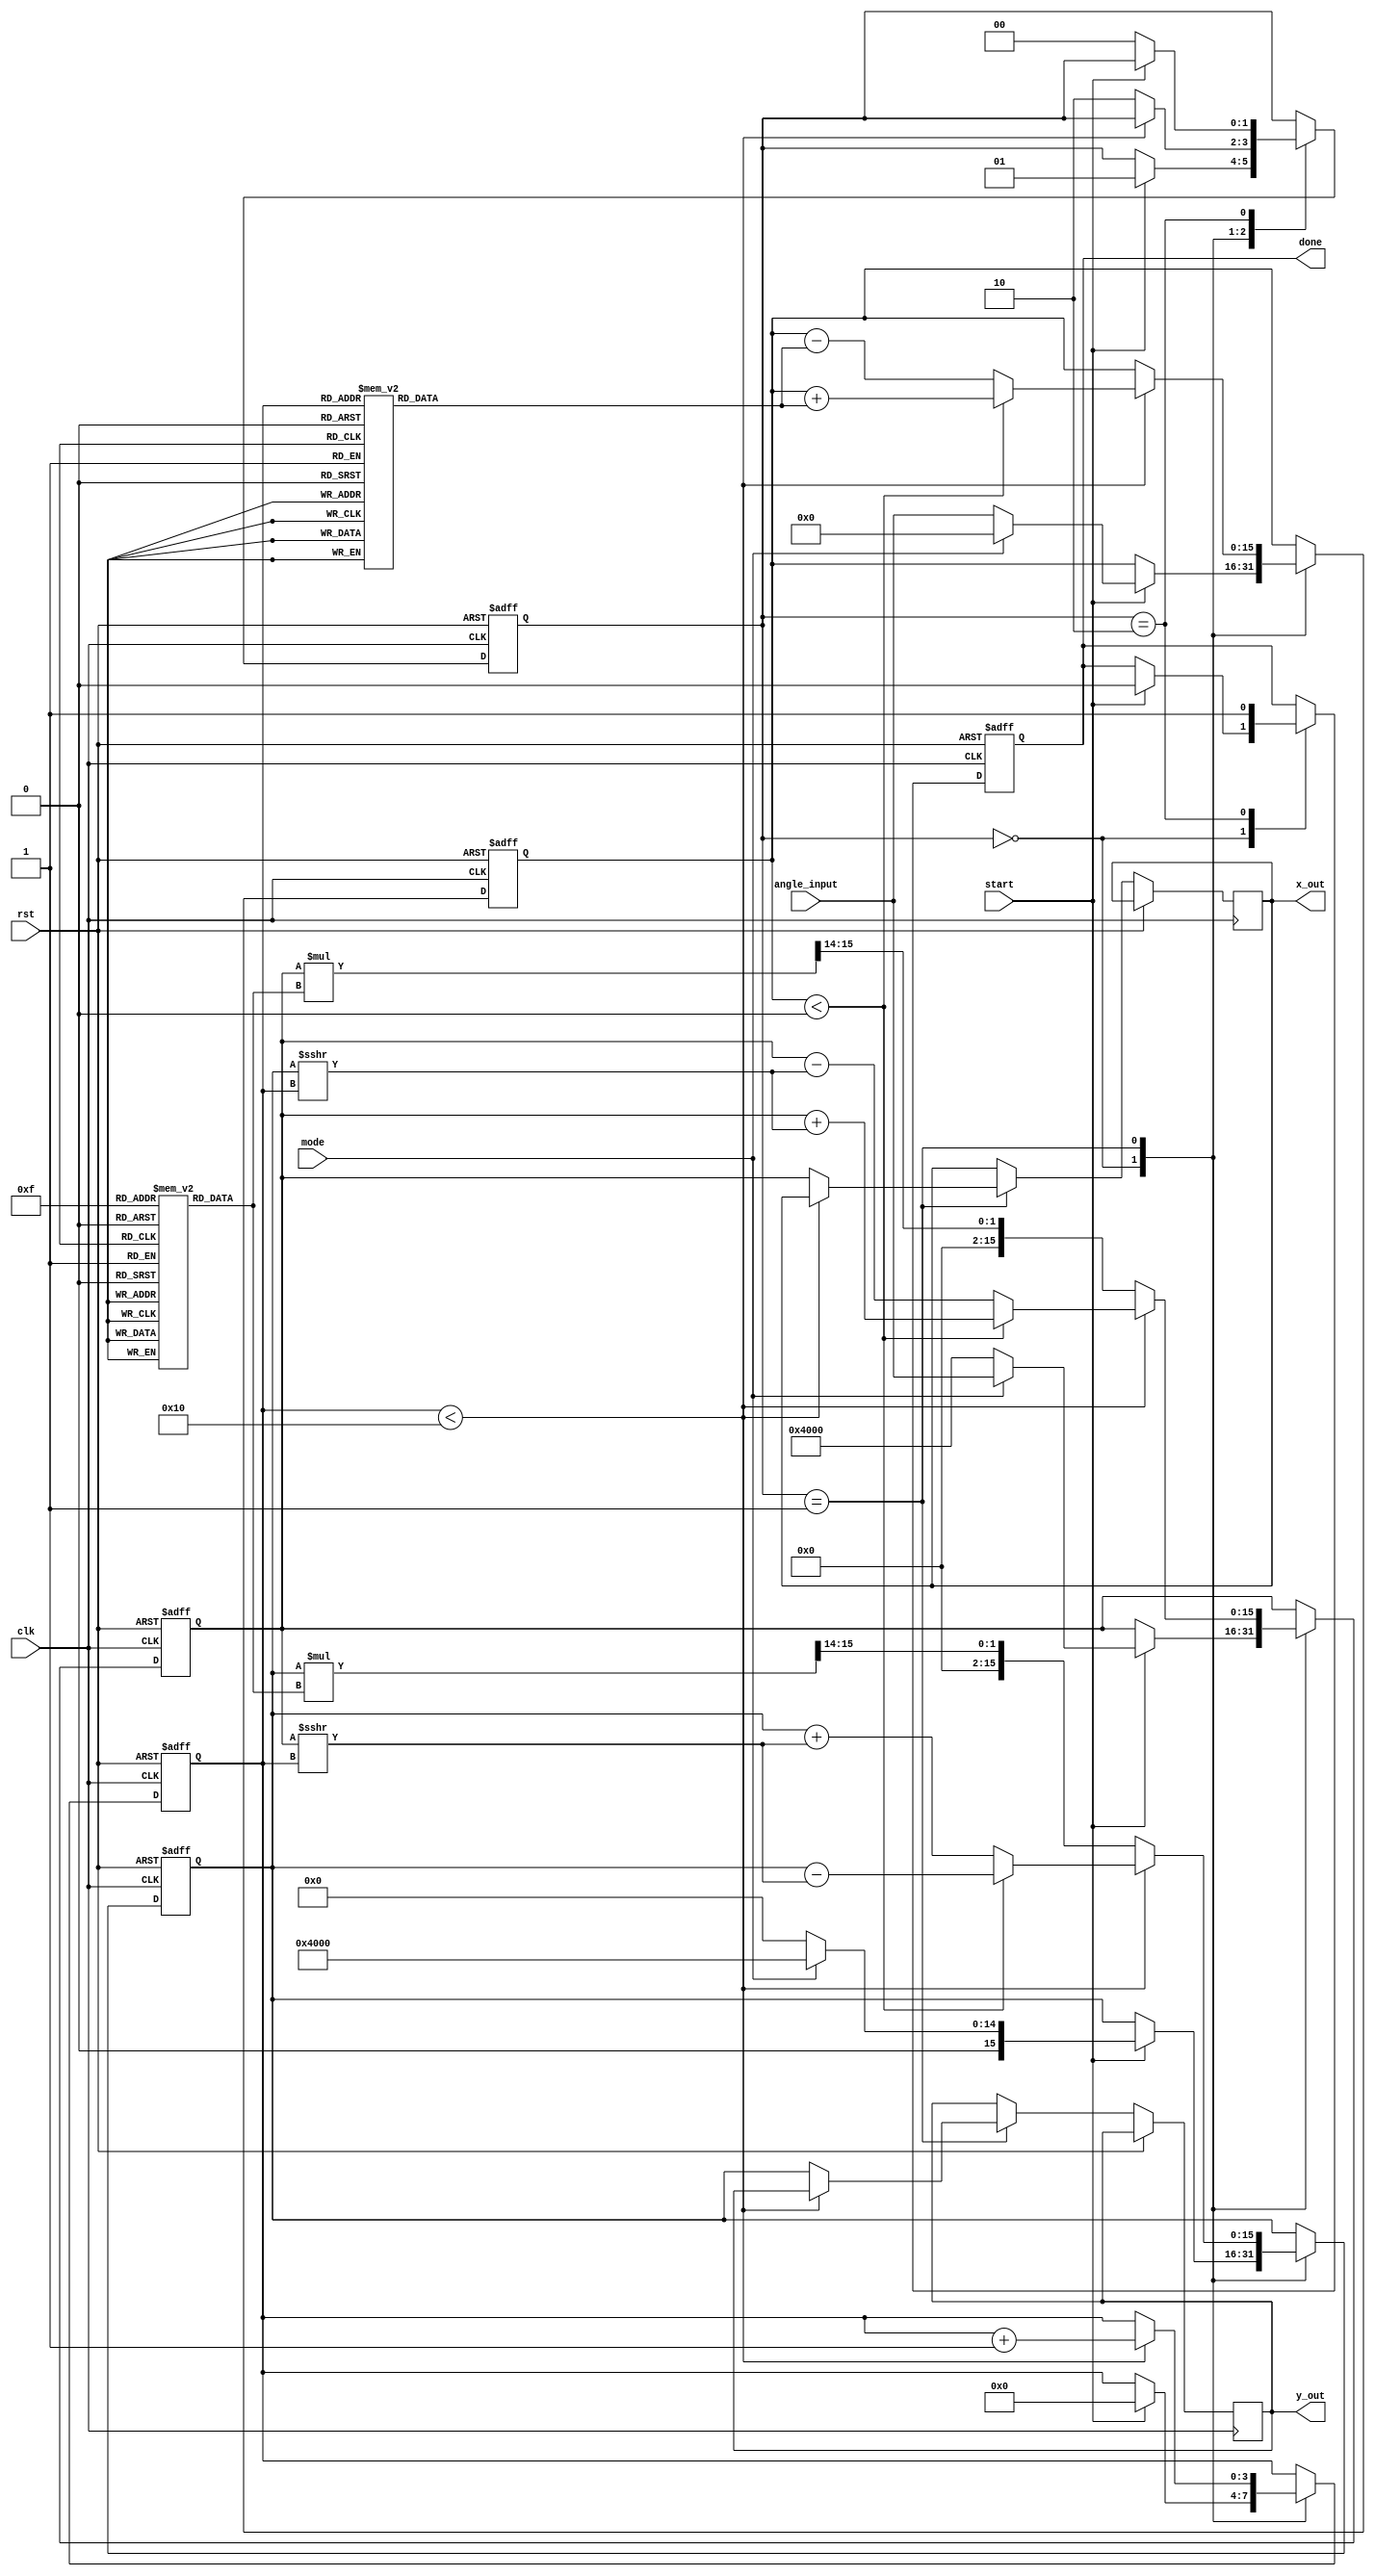
module CORDIC #(
    parameter N_ITER = 16,          // Number of iterations
    parameter FIXED_POINT_WIDTH = 16 // Bit-width for fixed-point representation
)(
    input wire clk,
    input wire rst,
    input wire start,
    input wire [FIXED_POINT_WIDTH-1:0] angle_input, // Input angle in fixed-point
    input wire mode, // 0 for rotation, 1 for vectoring
    output reg [FIXED_POINT_WIDTH-1:0] x_out,
    output reg [FIXED_POINT_WIDTH-1:0] y_out,
    output reg done
);

    // Lookup tables for arctangent values and scaling factors
    reg [FIXED_POINT_WIDTH-1:0] atan_table [0:N_ITER-1];
    reg [FIXED_POINT_WIDTH-1:0] scale_factors [0:N_ITER-1];

    // Registers for CORDIC computation
    reg [FIXED_POINT_WIDTH-1:0] x, y, z;
    reg [3:0] iter; // Iteration counter
    reg [1:0] state; // State machine for control

    // State definitions
    localparam IDLE = 2'b00;
    localparam RUN = 2'b01;
    localparam DONE = 2'b10;

    // Initialize lookup tables
    initial begin
        // Populate atan_table and scale_factors with precomputed values
        // Example values for atan_table (in fixed-point format)
        atan_table[0] = 16'h2000; // atan(2^-0)
        atan_table[1] = 16'h1000; // atan(2^-1)
        atan_table[2] = 16'h0800; // atan(2^-2)
        // ... Continue for all N_ITER

        // Example values for scale_factors
        scale_factors[0] = 16'h26DD; // Scaling factor for 0 iterations
        scale_factors[1] = 16'h1A6C; // Scaling factor for 1 iteration
        scale_factors[2] = 16'h0C8F; // Scaling factor for 2 iterations
        // ... Continue for all N_ITER
    end

    // Control unit
    always @(posedge clk or posedge rst) begin
        if (rst) begin
            state <= IDLE;
            done <= 0;
            x <= 16'h0000;
            y <= 16'h0000;
            z <= 16'h0000;
            iter <= 0;
        end else begin
            case (state)
                IDLE: begin
                    if (start) begin
                        // Initialize x, y, z based on mode
                        if (mode == 0) begin // Rotation mode
                            x <= 16'h4000; // 1.0 in fixed-point
                            y <= 16'h0000; // 0.0 in fixed-point
                            z <= angle_input; // Load input angle
                        end else begin // Vectoring mode
                            x <= angle_input; // Load input vector x
                            y <= 16'h4000; // Load input vector y (1.0)
                            z <= 16'h0000; // Initial angle is 0
                        end
                        iter <= 0;
                        state <= RUN;
                        done <= 0;
                    end
                end
                RUN: begin
                    if (iter < N_ITER) begin
                        // CORDIC rotation logic
                        if (z < 0) begin
                            // Counter-clockwise rotation
                            x <= x + (y >>> iter);
                            y <= y - (x >>> iter);
                            z <= z + atan_table[iter];
                        end else begin
                            // Clockwise rotation
                            x <= x - (y >>> iter);
                            y <= y + (x >>> iter);
                            z <= z - atan_table[iter];
                        end
                        iter <= iter + 1;
                    end else begin
                        // Final scaling
                        x <= (x * scale_factors[N_ITER-1]) >>> 14; // Scale down
                        y <= (y * scale_factors[N_ITER-1]) >>> 14; // Scale down
                        x_out <= x;
                        y_out <= y;
                        state <= DONE;
                    end
                end
                DONE: begin
                    done <= 1;
                    if (!start) begin
                        state <= IDLE; // Go back to IDLE if start is low
                    end
                end
            endcase
        end
    end
endmodule